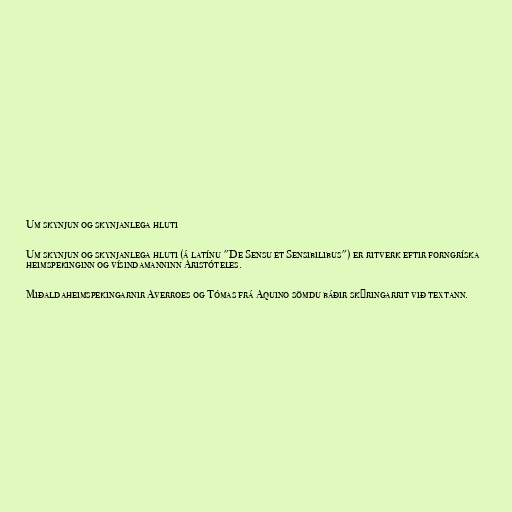
Um skynjun og skynjanlega hluti

Um skynjun og skynjanlega hluti (á latínu "De Sensu et Sensibilibus") er ritverk eftir forngríska
heimspekinginn og vísindamanninn Aristóteles.

Miðaldaheimspekingarnir Averroes og Tómas frá Aquino sömdu báðir skýringarrit við textann.